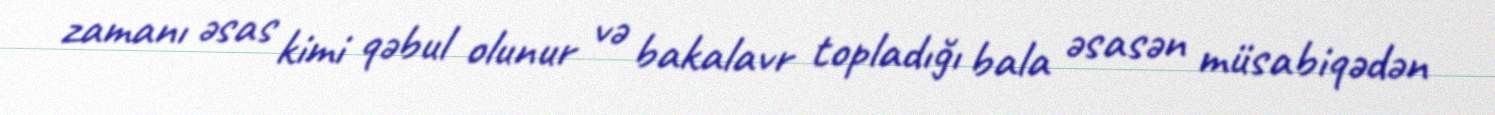
zamanı əsas kimi qəbul olunur və bakalavr topladığı bala əsasən müsabiqədən